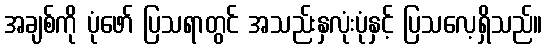
အချစ်ကို ပုံဖော် ပြသရာတွင် အသည်းနှလုံးပုံနှင့် ပြသလေ့ရှိသည်။